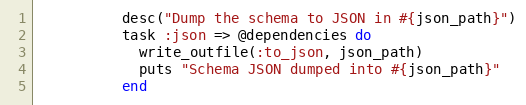
Language: Ruby
          desc("Dump the schema to JSON in #{json_path}")
          task :json => @dependencies do
            write_outfile(:to_json, json_path)
            puts "Schema JSON dumped into #{json_path}"
          end